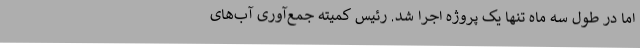
اما در طول سه ماه تنها یک پروژه اجرا شد. رئیس کمیته جمع‌آوری آب‌های